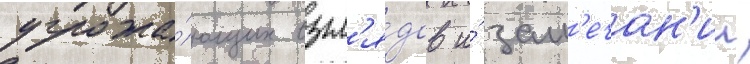
угрожа́ющих взгл'я́дов и́ зам'ечан'ии